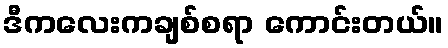
ဒီကလေးကချစ်စရာ ကောင်းတယ်။